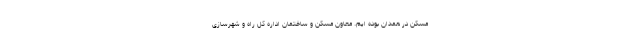
مسکن در همدان بوده ایم. معاون مسکن و ساختمان اداره کل راه و شهرسازی